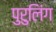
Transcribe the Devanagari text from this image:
पुरुलिंग